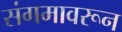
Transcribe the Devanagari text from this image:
संगमावरून